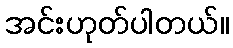
အင်းဟုတ်ပါတယ်။